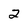
Character: 2